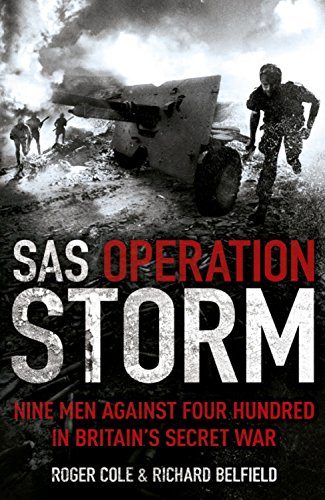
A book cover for SAS Operation Storm: Nine Men Against Four Hundred in Britain's Secret War; Roger Cole; History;